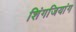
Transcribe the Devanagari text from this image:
शिंगजियांग